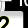
Digit: 2